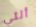
ألتي